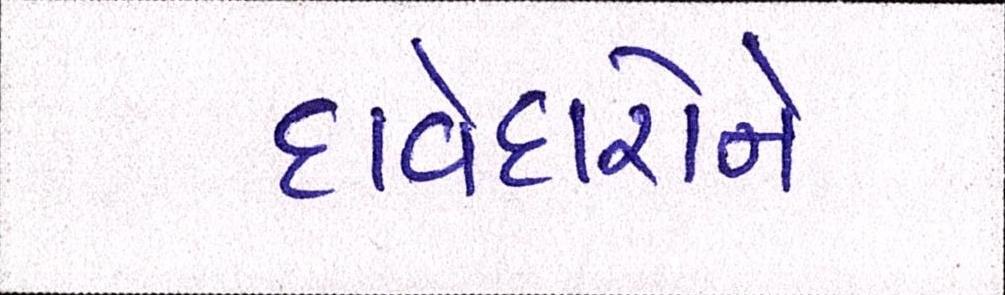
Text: દાવેદારોને